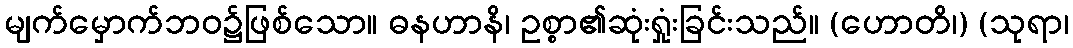
မျက်မှောက်ဘဝ၌ဖြစ်သော။ ဓနဟာနိ၊ ဥစ္စာ၏ဆုံးရှုံးခြင်းသည်။ (ဟောတိ၊) (သုရာ၊